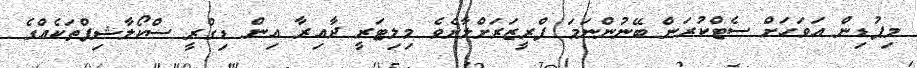
މިޕުޑިން އަވަހަށް ސެޓްކުރަން ބޭނުންނަމަ ފްރީޒަރަށްލާށެވެ މިލިޓަރީ ދާއިރާ އިން ޑިގްރީ ސްކޯލާޝިޕްތަކެއްގެ